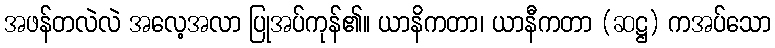
အဖန်တလဲလဲ အလေ့အလာ ပြုအပ်ကုန်၏။ ယာနိကတာ၊ ယာနီကတာ (ဆဋ္ဌ) ကအပ်သော